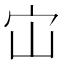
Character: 𭓞